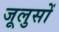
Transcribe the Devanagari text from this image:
जूलुसों